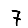
Digit: 7